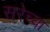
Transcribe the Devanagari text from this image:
सरेच्या